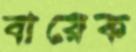
বারেক